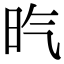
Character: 𣅠